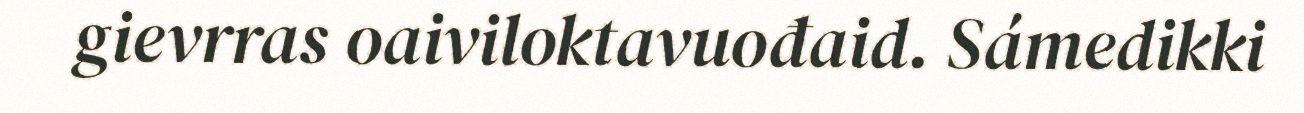
gievrras oaiviloktavuođaid. Sámedikki